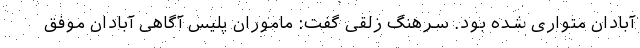
آبادان متواری شده بود. سرهنگ زلقی گفت: ماموران پلیس آگاهی آبادان موفق